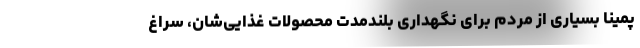
پمینا بسیاری از مردم برای نگهداری بلندمدتِ محصولات غذایی‌شان، سراغ